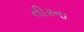
તીરના